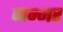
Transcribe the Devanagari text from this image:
जन्मर